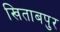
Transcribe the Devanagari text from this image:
खिताबपुर